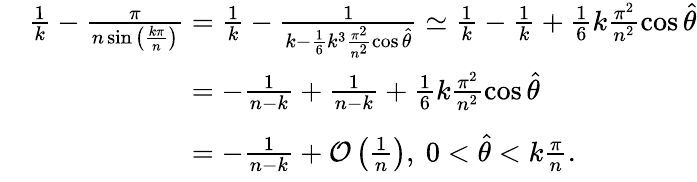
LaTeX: \begin{array}{rl}&{\frac{1}{k}-\frac{\pi}{n\sin{\left(\frac{k\pi}{n}\right)}}=\frac{1}{k}-\frac{1}{k-\frac{1}{6}k^{3}\frac{\pi^{2}}{n^{2}}\cos{\widehat{\theta}}}\simeq\frac{1}{k}-\frac{1}{k}+\frac{1}{6}k\frac{\pi^{2}}{n^{2}}\cos{\widehat{\theta}}}\\ &{\phantom{\frac{1}{k}-\frac{\pi}{n\sin{\left(\frac{k\pi}{n}\right)}}}=-\frac{1}{n-k}+\frac{1}{n-k}+\frac{1}{6}k\frac{\pi^{2}}{n^{2}}\cos{\widehat{\theta}}}\\ &{\phantom{\frac{1}{k}-\frac{\pi}{n\sin{\left(\frac{k\pi}{n}\right)}}}=-\frac{1}{n-k}+\mathcal{O}\left(\frac{1}{n}\right),~0<\widehat{\theta}<k\frac{\pi}{n}.}\end{array}